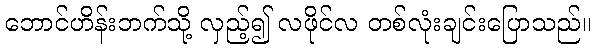
ဘောင်ဟိန်းဘက်သို့ လှည့်၍ လဖိုင်လ တစ်လုံးချင်းပြောသည်။